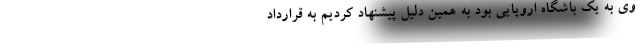
وی به یک باشگاه اروپایی بود به همین دلیل پیشنهاد کردیم به قرارداد